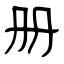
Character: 册